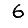
Digit: 6